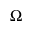
\Omega